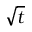
\sqrt { t }